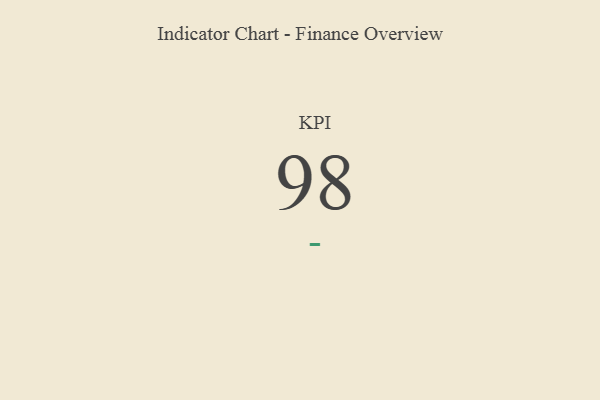
{"axis": {"x": "KPI", "y": "Value"}, "legend": [""], "data": [{"x": "KPI", "y": 98, "type": ""}]}